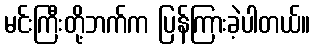
မင်းကြီးတို့ဘက်က ပြန်ကြားခဲ့ပါတယ်။